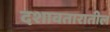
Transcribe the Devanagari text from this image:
दशावतारातील